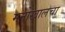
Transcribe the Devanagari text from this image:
मनोखालचा